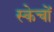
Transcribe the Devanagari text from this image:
स्केचों